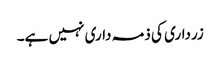
زرداری کی ذمہ داری نہیں ہے۔